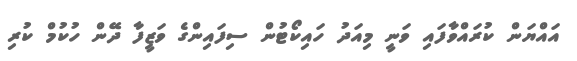
އައްޔަން ކުރައްވާފައި ވަނީ މިއަދު ހައިކޯޓުން ސިފައިންގެ ވަޒީފާ ދޭން ހުކުމް ކުރި